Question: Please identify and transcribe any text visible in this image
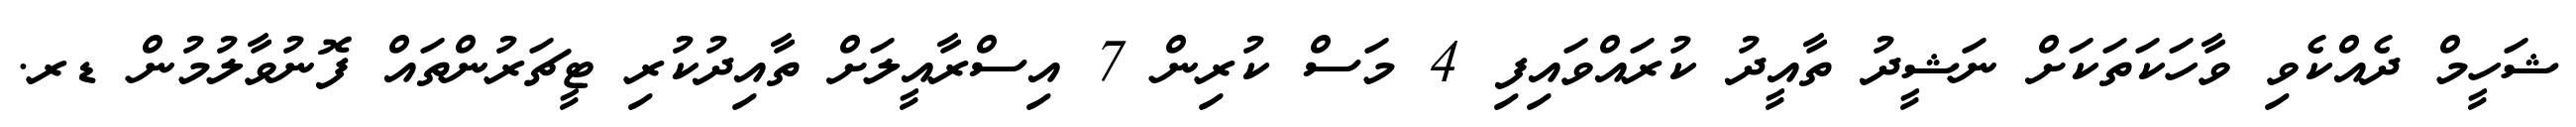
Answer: ޝަހީމް ދެއްކެވި ވާހަކަތަކަށް ނަޝީދު ތާއީދު ކުރައްވައިފި 4 މަސް ކުރިން 7 އިސްރާއީލަށް ތާއިދުކުރި ޓީޗަރުންތައް ފޮނުވާލުމުން ޑރ.